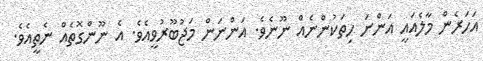
އަހަރެން މާލެއައީ އަންނަ ހިތަކުންނެއް ނޫނެވެ. އަންނަން މަޖުބޫރުވީއެވެ. އެ ނޫންގޮތެއް ނެތީއެވެ.